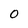
Character: O